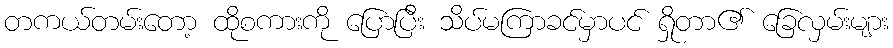
တကယ်တမ်းတော့ ထိုစကားကို ပြောပြီး သိပ်မကြာခင်မှာပင် ရှိုတာ၏ ခြေလှမ်းများ